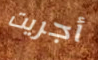
أجريت